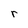
Character: r